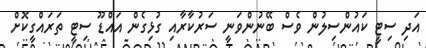
އަދި ސިޓީ ކައުންސިލުން ވެސް ބޭނުންވަނީ ސަރުކާރާއި ގުޅިގެން އައްޑޫ ސިޓީ ތަރައްގީކޮށް